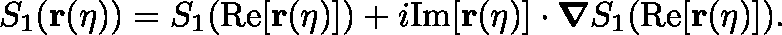
\begin{array} { r } { S _ { 1 } ( \mathbf { r ( \eta ) } ) = S _ { 1 } ( \mathrm { R e } [ \mathbf { r } ( \eta ) ] ) + i \mathrm { I m } [ \mathbf { r } ( \eta ) ] \cdot { \boldsymbol \nabla } S _ { 1 } ( \mathrm { R e } [ \mathbf { r } ( \eta ) ] ) . } \end{array}